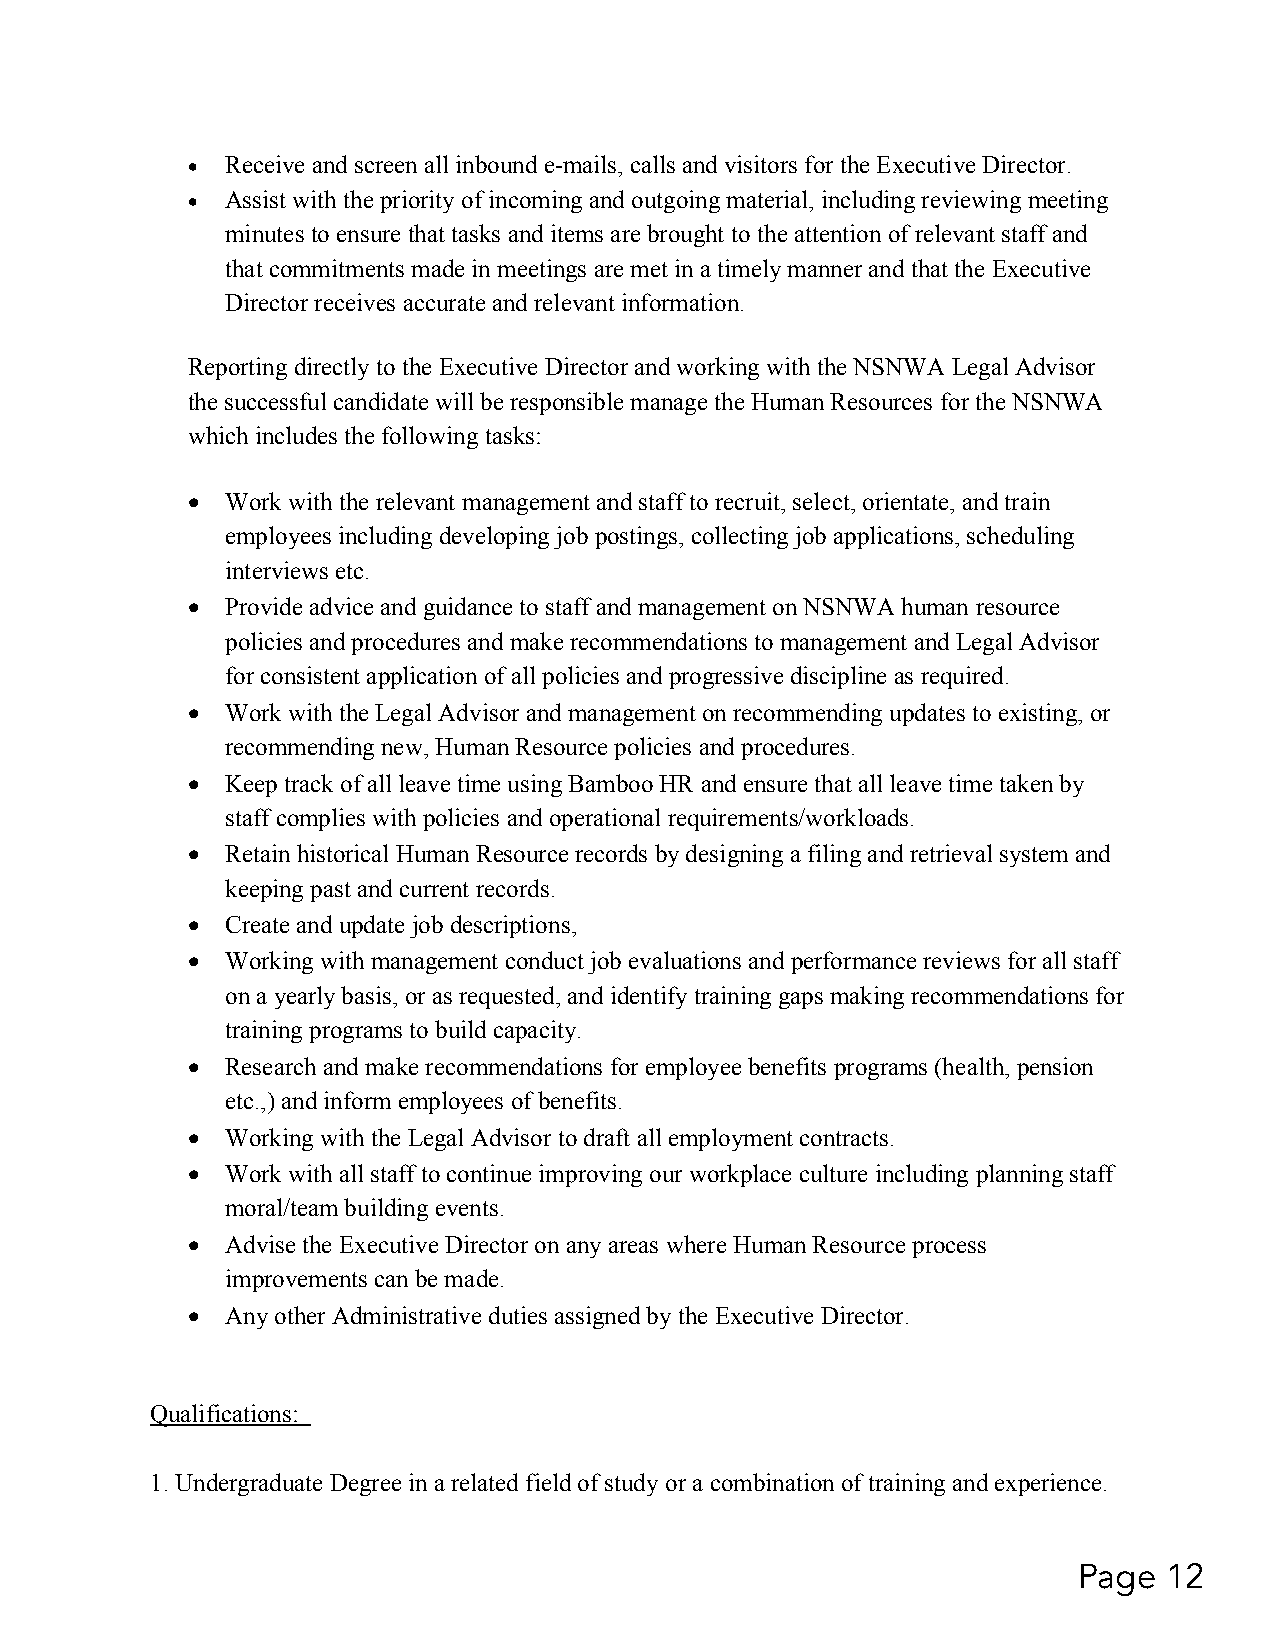
•  Receive and screen all inbound e-mails, calls and visitors for the Executive Director.
 •  Assist with the priority of incoming and outgoing material, including reviewing meeting
 minutes to ensure that tasks and items are brought to the attention of relevant staff and
 that commitments made in meetings are met in a timely manner and that the Executive
 Director receives accurate and relevant information.
 Reporting directly to the Executive Director and working with the NSNWA Legal Advisor
 the successful candidate will be responsible manage the Human Resources for the NSNWA
 which includes the following tasks:
 •  Work with the relevant management and staff to recruit, select, orientate, and train
 employees including developing job postings, collecting job applications, scheduling
 interviews etc.
 •  Provide advice and guidance to staff and management on NSNWA human resource
 policies and procedures and make recommendations to management and Legal Advisor
 for consistent application of all policies and progressive discipline as required.
 •  Work with the Legal Advisor and management on recommending updates to existing, or
 recommending new, Human Resource policies and procedures.
 •  Keep track of all leave time using Bamboo HR and ensure that all leave time taken by
 staff complies with policies and operational requirements/workloads.
 •  Retain historical Human Resource records by designing a filing and retrieval system and
 keeping past and current records.
 •  Create and update job descriptions,
 •  Working with management conduct job evaluations and performance reviews for all staff
 on a yearly basis, or as requested, and identify training gaps making recommendations for
 training programs to build capacity.
 •  Research and make recommendations for employee benefits programs (health, pension
 etc.,) and inform employees of benefits.
 •  Working with the Legal Advisor to draft all employment contracts.
 •  Work with all staff to continue improving our workplace culture including planning staff
 moral/team building events.
 •  Advise the Executive Director on any areas where Human Resource process
 improvements can be made.
 •  Any other Administrative duties assigned by the Executive Director.
 Qualifications:
 1. Undergraduate Degree in a related field of study or a combination of training and experience.